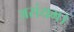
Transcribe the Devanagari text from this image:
असंयम।